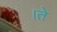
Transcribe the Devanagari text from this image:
।ते